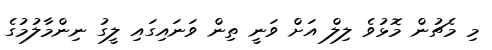
މި މެޗުން މޮޅުވެ ލިލް އަށް ވަނީ ތިން ވަނައިގައި ލީގު ނިންމާލުމުގެ